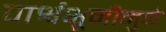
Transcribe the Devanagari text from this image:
पार्श्वभूमीमुळे